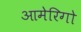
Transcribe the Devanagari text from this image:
आमेरिगो